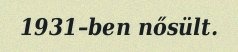
1931–ben nősült.